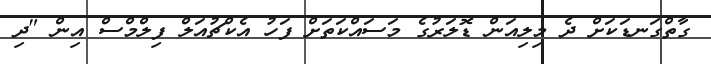
ގާތްގަނޑަކަށް ދެ މިލިއަން ޑޮލަރުގެ މަސައްކަތަށް ފަހު އެކްޗުއަލް ފިލްމްސް އިން "ދި